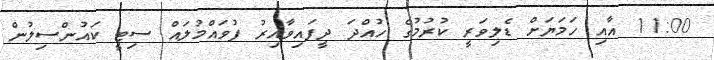
11:00 އާއި ހަމަޔަށް ޑެލިވަރީ ކުރުމުގެ ހުއްދަ ދީފައިވާއިރު ފުވައްމުލައް ސިޓީ ކައުންސިލުން